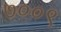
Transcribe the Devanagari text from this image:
७००९